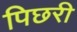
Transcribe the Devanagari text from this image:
पिछरी